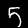
Label: 5